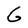
Character: G